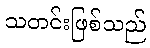
သတင်းဖြစ်သည်